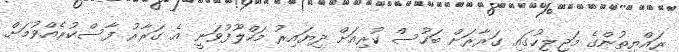
ރައްޔިތުންގެ މަޖިލީހުގައި ގަރާރަށް ބަހުސް ކުރިއަށް ދިޔައިރު މަހްލޫފުވަނީ އެ ގަރާރު ފާސްކުރެއްވުމަށް